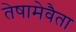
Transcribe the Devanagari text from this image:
तेषामेवैता